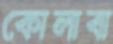
কোলাবা